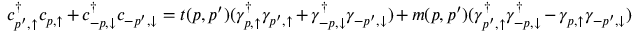
c _ { p ^ { \prime } , \uparrow } ^ { \dag } c _ { p , \uparrow } + c _ { - p , \downarrow } ^ { \dag } c _ { - p ^ { \prime } , \downarrow } = t ( p , p ^ { \prime } ) ( \gamma _ { p , \uparrow } ^ { \dag } \gamma _ { p ^ { \prime } , \uparrow } + \gamma _ { - p , \downarrow } ^ { \dag } \gamma _ { - p ^ { \prime } , \downarrow } ) + m ( p , p ^ { \prime } ) ( \gamma _ { p ^ { \prime } , \uparrow } ^ { \dag } \gamma _ { - p , \downarrow } ^ { \dag } - \gamma _ { p , \uparrow } \gamma _ { - p ^ { \prime } , \downarrow } )